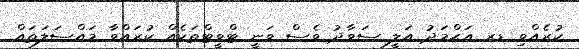
ކުރެއްވި ޑރ އަޙްމަދު އަލީ ސަވާދު ވެސް ވަނީ ޓްވީޓްތަކެއް ކުރައްވާ މައްސަލަތައް